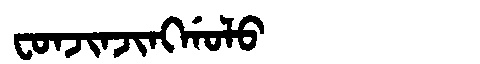
Manchu: ᠸᠣᠨᠵᡳᠨᠵᡳᠩᡤᠣᠯᠣ
Romanization: FONJINJINGGOLO